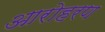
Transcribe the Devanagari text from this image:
आरोहरण